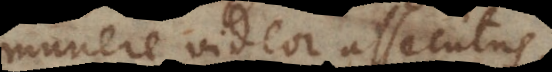
munere videor assecutus,